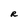
Character: R